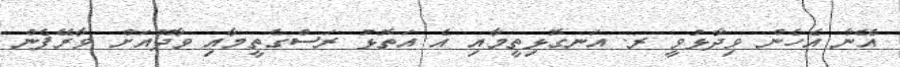
އޭނާ އެހެން ވިދާޅުވީ ރ. އަނގޮޅިތީމާއި އެ އަތޮޅު ރަސްގެތީމާއި ވާދޫއަށް ވާރޭފެން